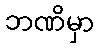
ဘဏိမှာ